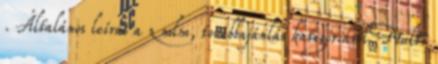
. Általános leírás a z mlm, továbbajánlás kategóriáról Multi